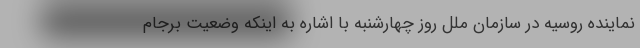
نماینده روسیه در سازمان ملل روز چهارشنبه با اشاره به اینکه وضعیت برجام